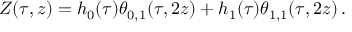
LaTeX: Z ( \tau , z ) = h _ { 0 } ( \tau ) \theta _ { 0 , 1 } ( \tau , 2 z ) + h _ { 1 } ( \tau ) \theta _ { 1 , 1 } ( \tau , 2 z ) \, .